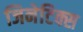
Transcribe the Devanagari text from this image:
जिनेटिक्स